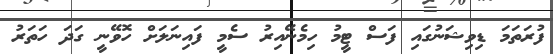
ފުރަތަމަ ޑިވިޝަނުގައި ފަސް ޓީމު ހިމެނޭއިރު ސެމީ ފައިނަލަށް ހޮވޭނީ ގަދަ ހަތަރު